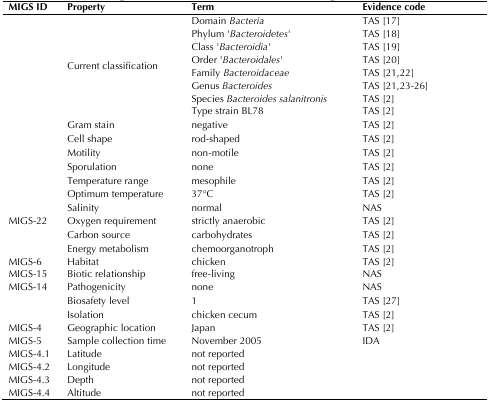
<table><thead><tr><td><b>MIGS ID</b></td><td><b>Property</b></td><td><b>Term</b></td><td><b>Evidence code</b></td></tr></thead><tbody><tr><td rowspan="8"></td><td rowspan="8">Current classification</td><td>Domain <i>Bacteria</i></td><td>TAS [17]</td></tr><tr><td>Phylum &#x27;<i>Bacteroidetes</i>&#x27;</td><td>TAS [18]</td></tr><tr><td>Class &#x27;<i>Bacteroidia</i>&#x27;</td><td>TAS [19]</td></tr><tr><td>Order &#x27;<i>Bacteroidales</i>&#x27;</td><td>TAS [20]</td></tr><tr><td>Family <i>Bacteroidaceae</i></td><td>TAS [21,22]</td></tr><tr><td>Genus <i>Bacteroides</i></td><td>TAS [21,23-26]</td></tr><tr><td>Species <i>Bacteroides salanitronis</i></td><td>TAS [2]</td></tr><tr><td>Type strain BL78</td><td>TAS [2]</td></tr><tr><td></td><td>Gram stain</td><td>negative</td><td>TAS [2]</td></tr><tr><td></td><td>Cell shape</td><td>rod-shaped</td><td>TAS [2]</td></tr><tr><td></td><td>Motility</td><td>non-motile</td><td>TAS [2]</td></tr><tr><td></td><td>Sporulation</td><td>none</td><td>TAS [2]</td></tr><tr><td></td><td>Temperature range</td><td>mesophile</td><td>TAS [2]</td></tr><tr><td></td><td>Optimum temperature</td><td>37°C</td><td>TAS [2]</td></tr><tr><td></td><td>Salinity</td><td>normal</td><td>NAS</td></tr><tr><td>MIGS-22</td><td>Oxygen requirement</td><td>strictly anaerobic</td><td>TAS [2]</td></tr><tr><td></td><td>Carbon source</td><td>carbohydrates</td><td>TAS [2]</td></tr><tr><td></td><td>Energy metabolism</td><td>chemoorganotroph</td><td>TAS [2]</td></tr><tr><td>MIGS-6</td><td>Habitat</td><td>chicken</td><td>TAS [2]</td></tr><tr><td>MIGS-15</td><td>Biotic relationship</td><td>free-living</td><td>NAS</td></tr><tr><td>MIGS-14</td><td>Pathogenicity</td><td>none</td><td>NAS</td></tr><tr><td></td><td>Biosafety level</td><td>1</td><td>TAS [27]</td></tr><tr><td></td><td>Isolation</td><td>chicken cecum</td><td>TAS [2]</td></tr><tr><td>MIGS-4</td><td>Geographic location</td><td>Japan</td><td>TAS [2]</td></tr><tr><td>MIGS-5</td><td>Sample collection time</td><td>November 2005</td><td>IDA</td></tr><tr><td>MIGS-4.1</td><td>Latitude</td><td>not reported</td><td></td></tr><tr><td>MIGS-4.2</td><td>Longitude</td><td>not reported</td><td></td></tr><tr><td>MIGS-4.3</td><td>Depth</td><td>not reported</td><td></td></tr><tr><td>MIGS-4.4</td><td>Altitude</td><td>not reported</td><td></td></tr></tbody></table>